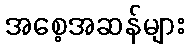
အစေ့အဆန်များ